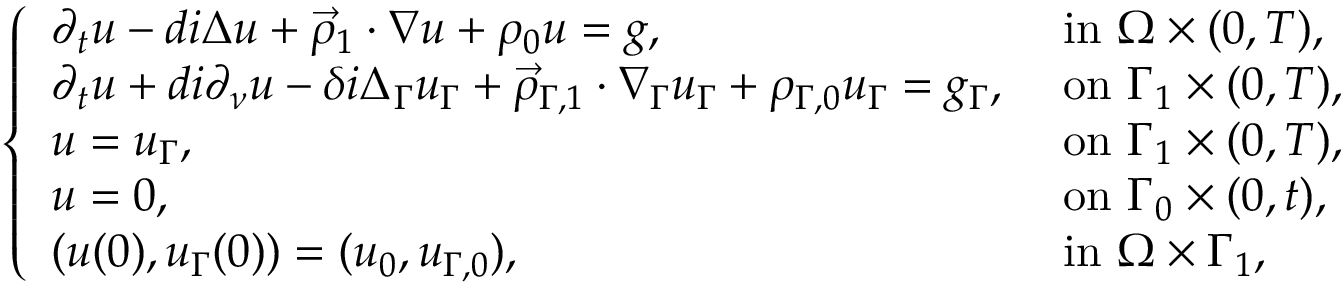
\begin{array} { r } { \left\{ \begin{array} { l l } { \partial _ { t } u - d i \Delta u + \vec { \rho } _ { 1 } \cdot \nabla u + \rho _ { 0 } u = g , } & { \mathrm { ~ i n ~ } \Omega \times ( 0 , T ) , } \\ { \partial _ { t } u + d i \partial _ { \nu } u - \delta i \Delta _ { \Gamma } u _ { \Gamma } + \vec { \rho } _ { \Gamma , 1 } \cdot \nabla _ { \Gamma } u _ { \Gamma } + \rho _ { \Gamma , 0 } u _ { \Gamma } = g _ { \Gamma } , } & { \mathrm { ~ o n ~ } \Gamma _ { 1 } \times ( 0 , T ) , } \\ { u = u _ { \Gamma } , } & { \mathrm { ~ o n ~ } \Gamma _ { 1 } \times ( 0 , T ) , } \\ { u = 0 , } & { \mathrm { ~ o n ~ } \Gamma _ { 0 } \times ( 0 , t ) , } \\ { ( u ( 0 ) , u _ { \Gamma } ( 0 ) ) = ( u _ { 0 } , u _ { \Gamma , 0 } ) , } & { \mathrm { ~ i n ~ } \Omega \times \Gamma _ { 1 } , } \end{array} \right. } \end{array}